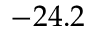
- 2 4 . 2